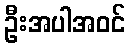
ဦးအပါအဝင်